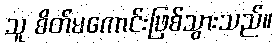
သူ စိတ်မကောင်းဖြစ်သွားသည်။